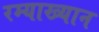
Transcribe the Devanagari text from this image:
रम्याख्यान